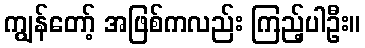
ကျွန်တော့် အဖြစ်ကလည်း ကြည့်ပါဦး။